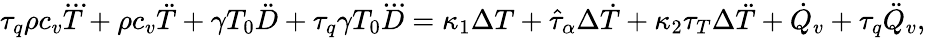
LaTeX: \begin{array}{r}{\tau_{q}\rho c_{v}\dddot T+\rho c_{v}\ddot{T}+\gamma T_{0}\ddot{D}+\tau_{q}\gamma T_{0}\dddot D=\kappa_{1}\Delta T+\hat{\tau}_{\alpha}\Delta\dot{T}+\kappa_{2}\tau_{T}\Delta\ddot{T}+\dot{Q}_{v}+\tau_{q}\ddot{Q}_{v},}\end{array}